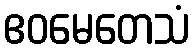
ဧဝမေတေသံ